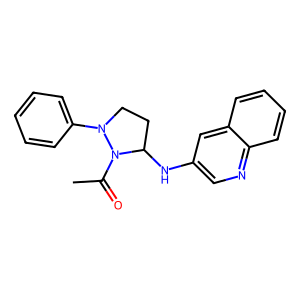
SMILES: CC(=O)N1C(Nc2cnc3ccccc3c2)CCN1c1ccccc1
Inhibits HIV replication: No